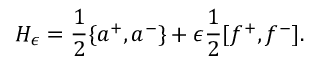
H _ { \epsilon } = \frac { 1 } { 2 } \{ a ^ { + } , a ^ { - } \} + \epsilon \frac { 1 } { 2 } [ f ^ { + } , f ^ { - } ] .